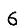
Digit: 6